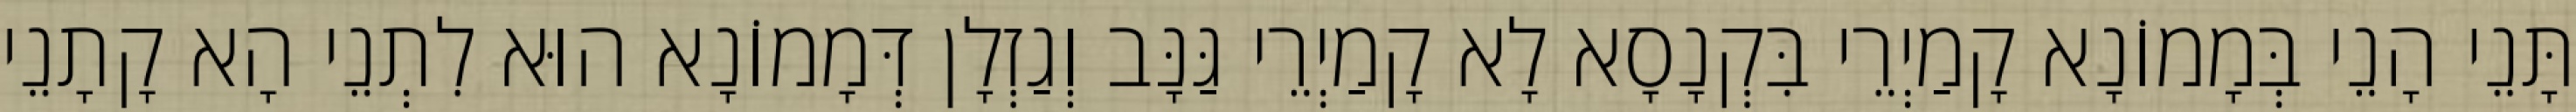
תָּנֵי הָנֵי בְּמָמוֹנָא קָמַיְרֵי בִּקְנָסָא לָא קָמַיְרֵי גַּנָּב וְגַזְלָן דְּמָמוֹנָא הוּא לִתְנֵי הָא קָתָנֵי